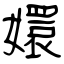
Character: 嬛